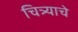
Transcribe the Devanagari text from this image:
चित्र्याचे